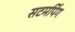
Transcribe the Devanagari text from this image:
सटमपिंग